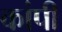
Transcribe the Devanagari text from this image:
कांपी